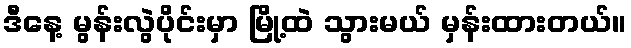
ဒီနေ့ မွန်းလွဲပိုင်းမှာ မြို့ထဲ သွားမယ် မှန်းထားတယ်။